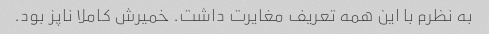
به نظرم با این همه تعریف مغایرت داشت. خمیرش کاملا ناپز بود.